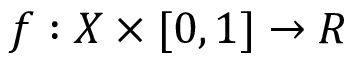
f : X \times \lbrack 0 , 1 ] \rightarrow R